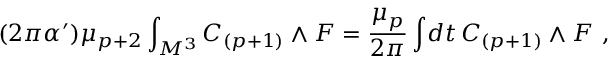
( 2 \pi \alpha ^ { \prime } ) \mu _ { p + 2 } \int _ { { \cal M } ^ { 3 } } C _ { ( p + 1 ) } \wedge F = { \frac { \mu _ { p } } { 2 \pi } } \int \! d t \, C _ { ( p + 1 ) } \wedge F \ ,